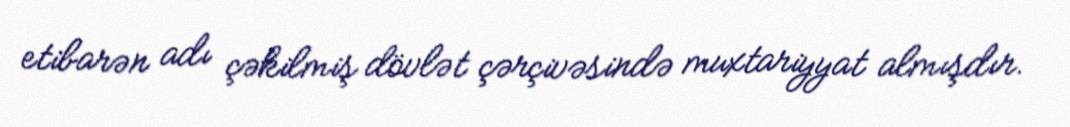
etibarən adı çəkilmiş dövlət çərçivəsində muxtariyyat almışdır.